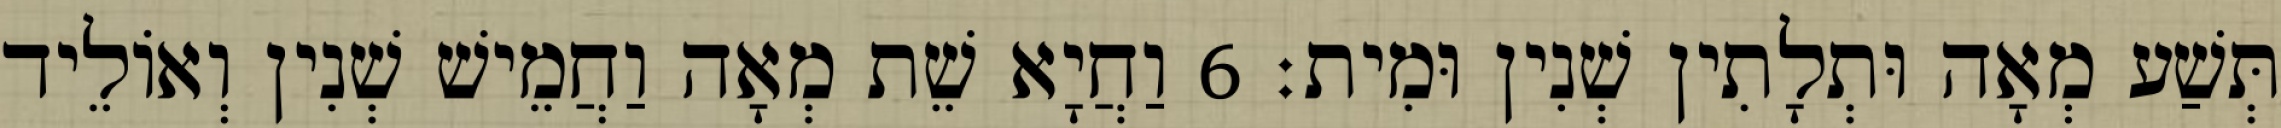
תְּשַׁע מְאָה וּתְלָתִין שְׁנִין וּמִית׃ 6 וַחֲיָא שֵׁת מְאָה וַחֲמֵישׁ שְׁנִין וְאוֹלֵיד